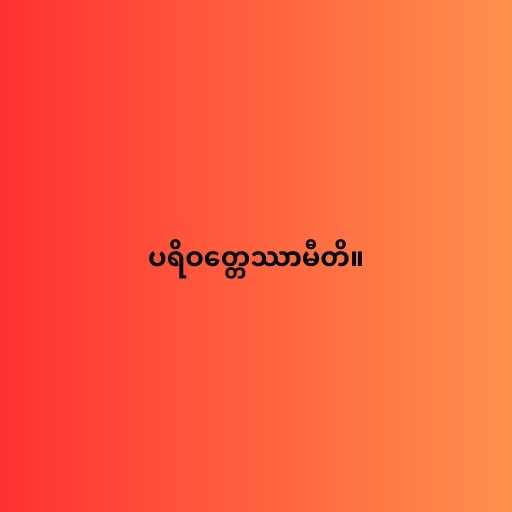
ပရိဝတ္တေဿာမီတိ။